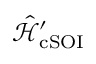
\hat { \mathcal { H } } _ { \mathrm { c S O I } } ^ { \prime }